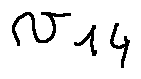
v _ { 1 4 }